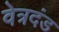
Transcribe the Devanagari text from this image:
वेत्रदंड